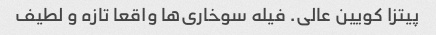
پیتزا کویین عالی. فیله سوخاری‌ها واقعا تازه و لطیف